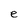
Character: e